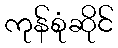
ကုန်စုံဆိုင်